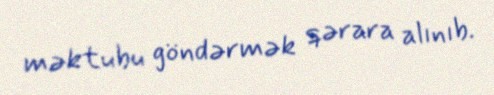
məktubu göndərmək qərara alınıb.